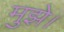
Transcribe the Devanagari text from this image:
मुझे।